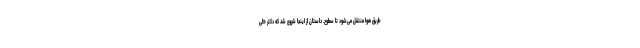
طریق هوا منتقل می‌شود تا سطوح. داستان از اینجا شروع شد که دکتر «لی